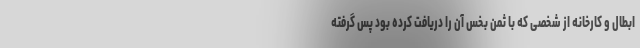
ابطال و کارخانه از شخصی که با ثمن بخس آن را دریافت کرده بود پس گرفته